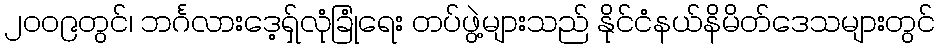
၂၀၀၉တွင်၊ ဘင်္ဂလားဒေ့ရှ်လုံခြုံရေး တပ်ဖွဲ့များသည် နိုင်ငံနယ်နိမိတ်ဒေသများတွင်